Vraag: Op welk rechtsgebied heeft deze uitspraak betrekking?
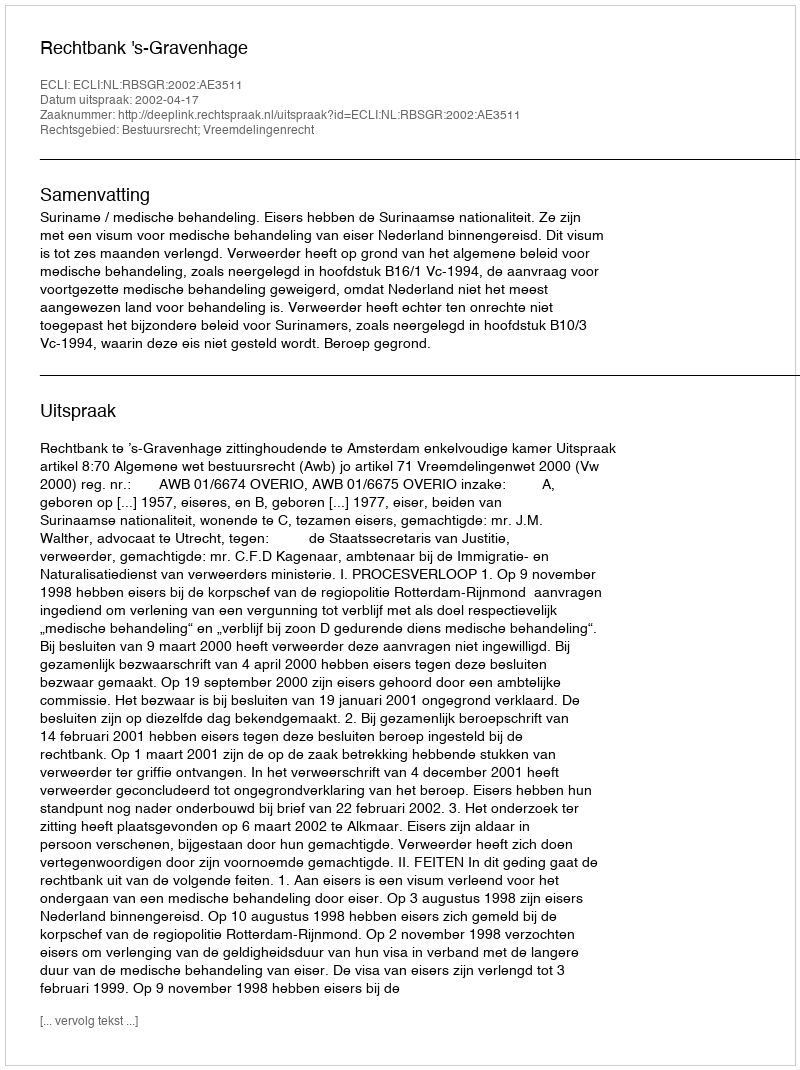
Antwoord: Bestuursrecht; Vreemdelingenrecht